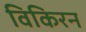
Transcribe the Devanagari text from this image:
विकिरन